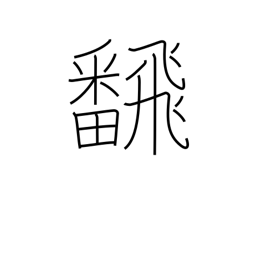
Meaning: flip over